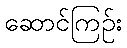
ဆောင်ကြဉ်း